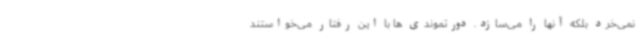
نمی‌خرد بلکه آنها را می‌سازد. دورتموندی ها با این رفتار می‌خواستند